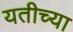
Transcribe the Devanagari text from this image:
यतीच्या